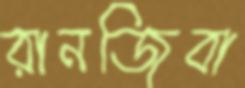
রানজিবা